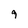
Character: 9